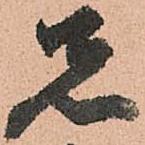
先